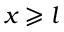
x \geqslant l